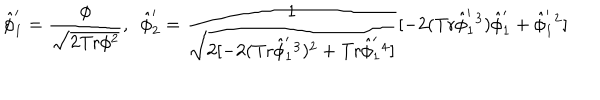
LaTeX: \hat { \phi } _ { 1 } ^ { \prime } = \frac { \phi } { \sqrt { 2 \mathrm { T r } \phi ^ { 2 } } } , \ \ \hat { \phi } _ { 2 } ^ { \prime } = \frac { 1 } { \sqrt { 2 [ - 2 ( \mathrm { T r } \hat { \phi } _ { 1 } ^ { \prime } { } ^ { 3 } ) ^ { 2 } + \mathrm { T r } \hat { \phi } _ { 1 } ^ { \prime } { } ^ { 4 } ] } } [ - 2 ( \mathrm { T r } \hat { \phi } _ { 1 } ^ { \prime } { } ^ { 3 } ) \hat { \phi } _ { 1 } ^ { \prime } + \hat { \phi } _ { 1 } ^ { \prime } { } ^ { 2 } ]